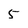
Character: 5